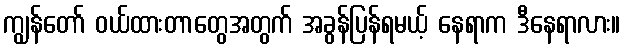
ကျွန်တော် ဝယ်ထားတာတွေအတွက် အခွန်ပြန်ရမယ့် နေရာက ဒီနေရာလား။